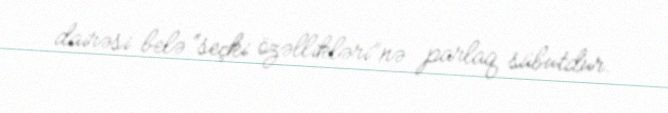
dairəsi belə “seçki özəllikləri”nə parlaq sübutdur.